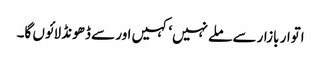
اتوار بازار سے ملے نہیں‘ کہیں اور سے ڈھونڈ لائوں گا۔